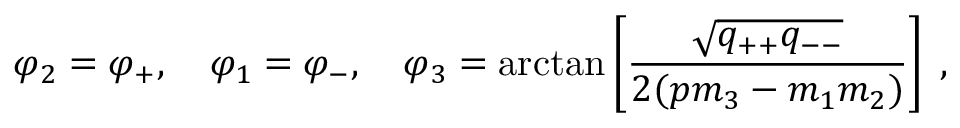
\varphi _ { 2 } = \varphi _ { + } , \quad \varphi _ { 1 } = \varphi _ { - } , \quad \varphi _ { 3 } = \arctan \left[ \frac { \sqrt { q _ { + + } q _ { -- } } } { 2 ( p m _ { 3 } - m _ { 1 } m _ { 2 } ) } \right] \; ,